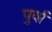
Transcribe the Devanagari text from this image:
पुर्वा